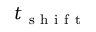
t _ { \mathrm { ~ s ~ h ~ i ~ f ~ t ~ } }